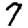
Digit: 7